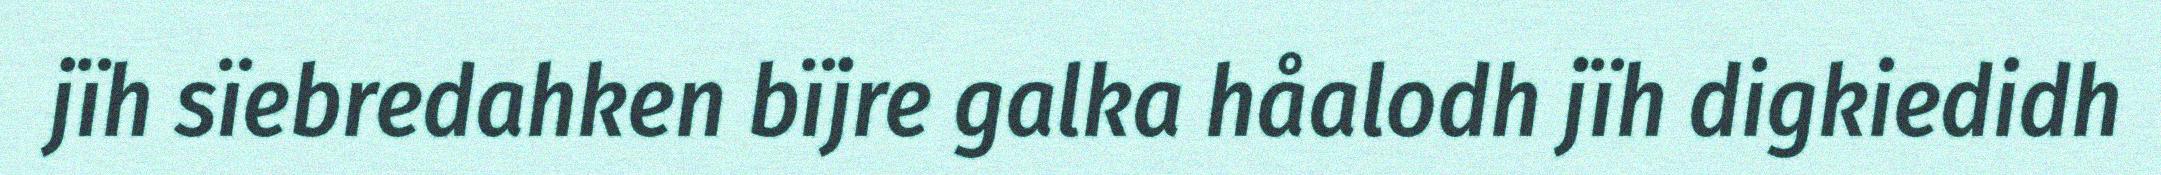
jïh sïebredahken bïjre galka håalodh jïh digkiedidh